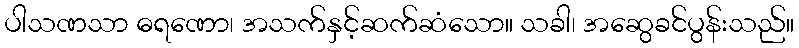
ပါသဏသာ ဓရဏော၊ အသက်နှင့်ဆက်ဆံသော။ သခါ၊ အဆွေခင်ပွန်းသည်။